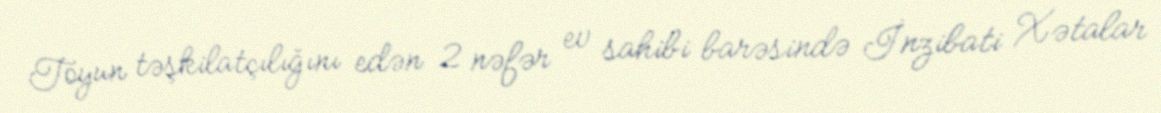
Toyun təşkilatçılığını edən 2 nəfər ev sahibi barəsində İnzibati Xətalar